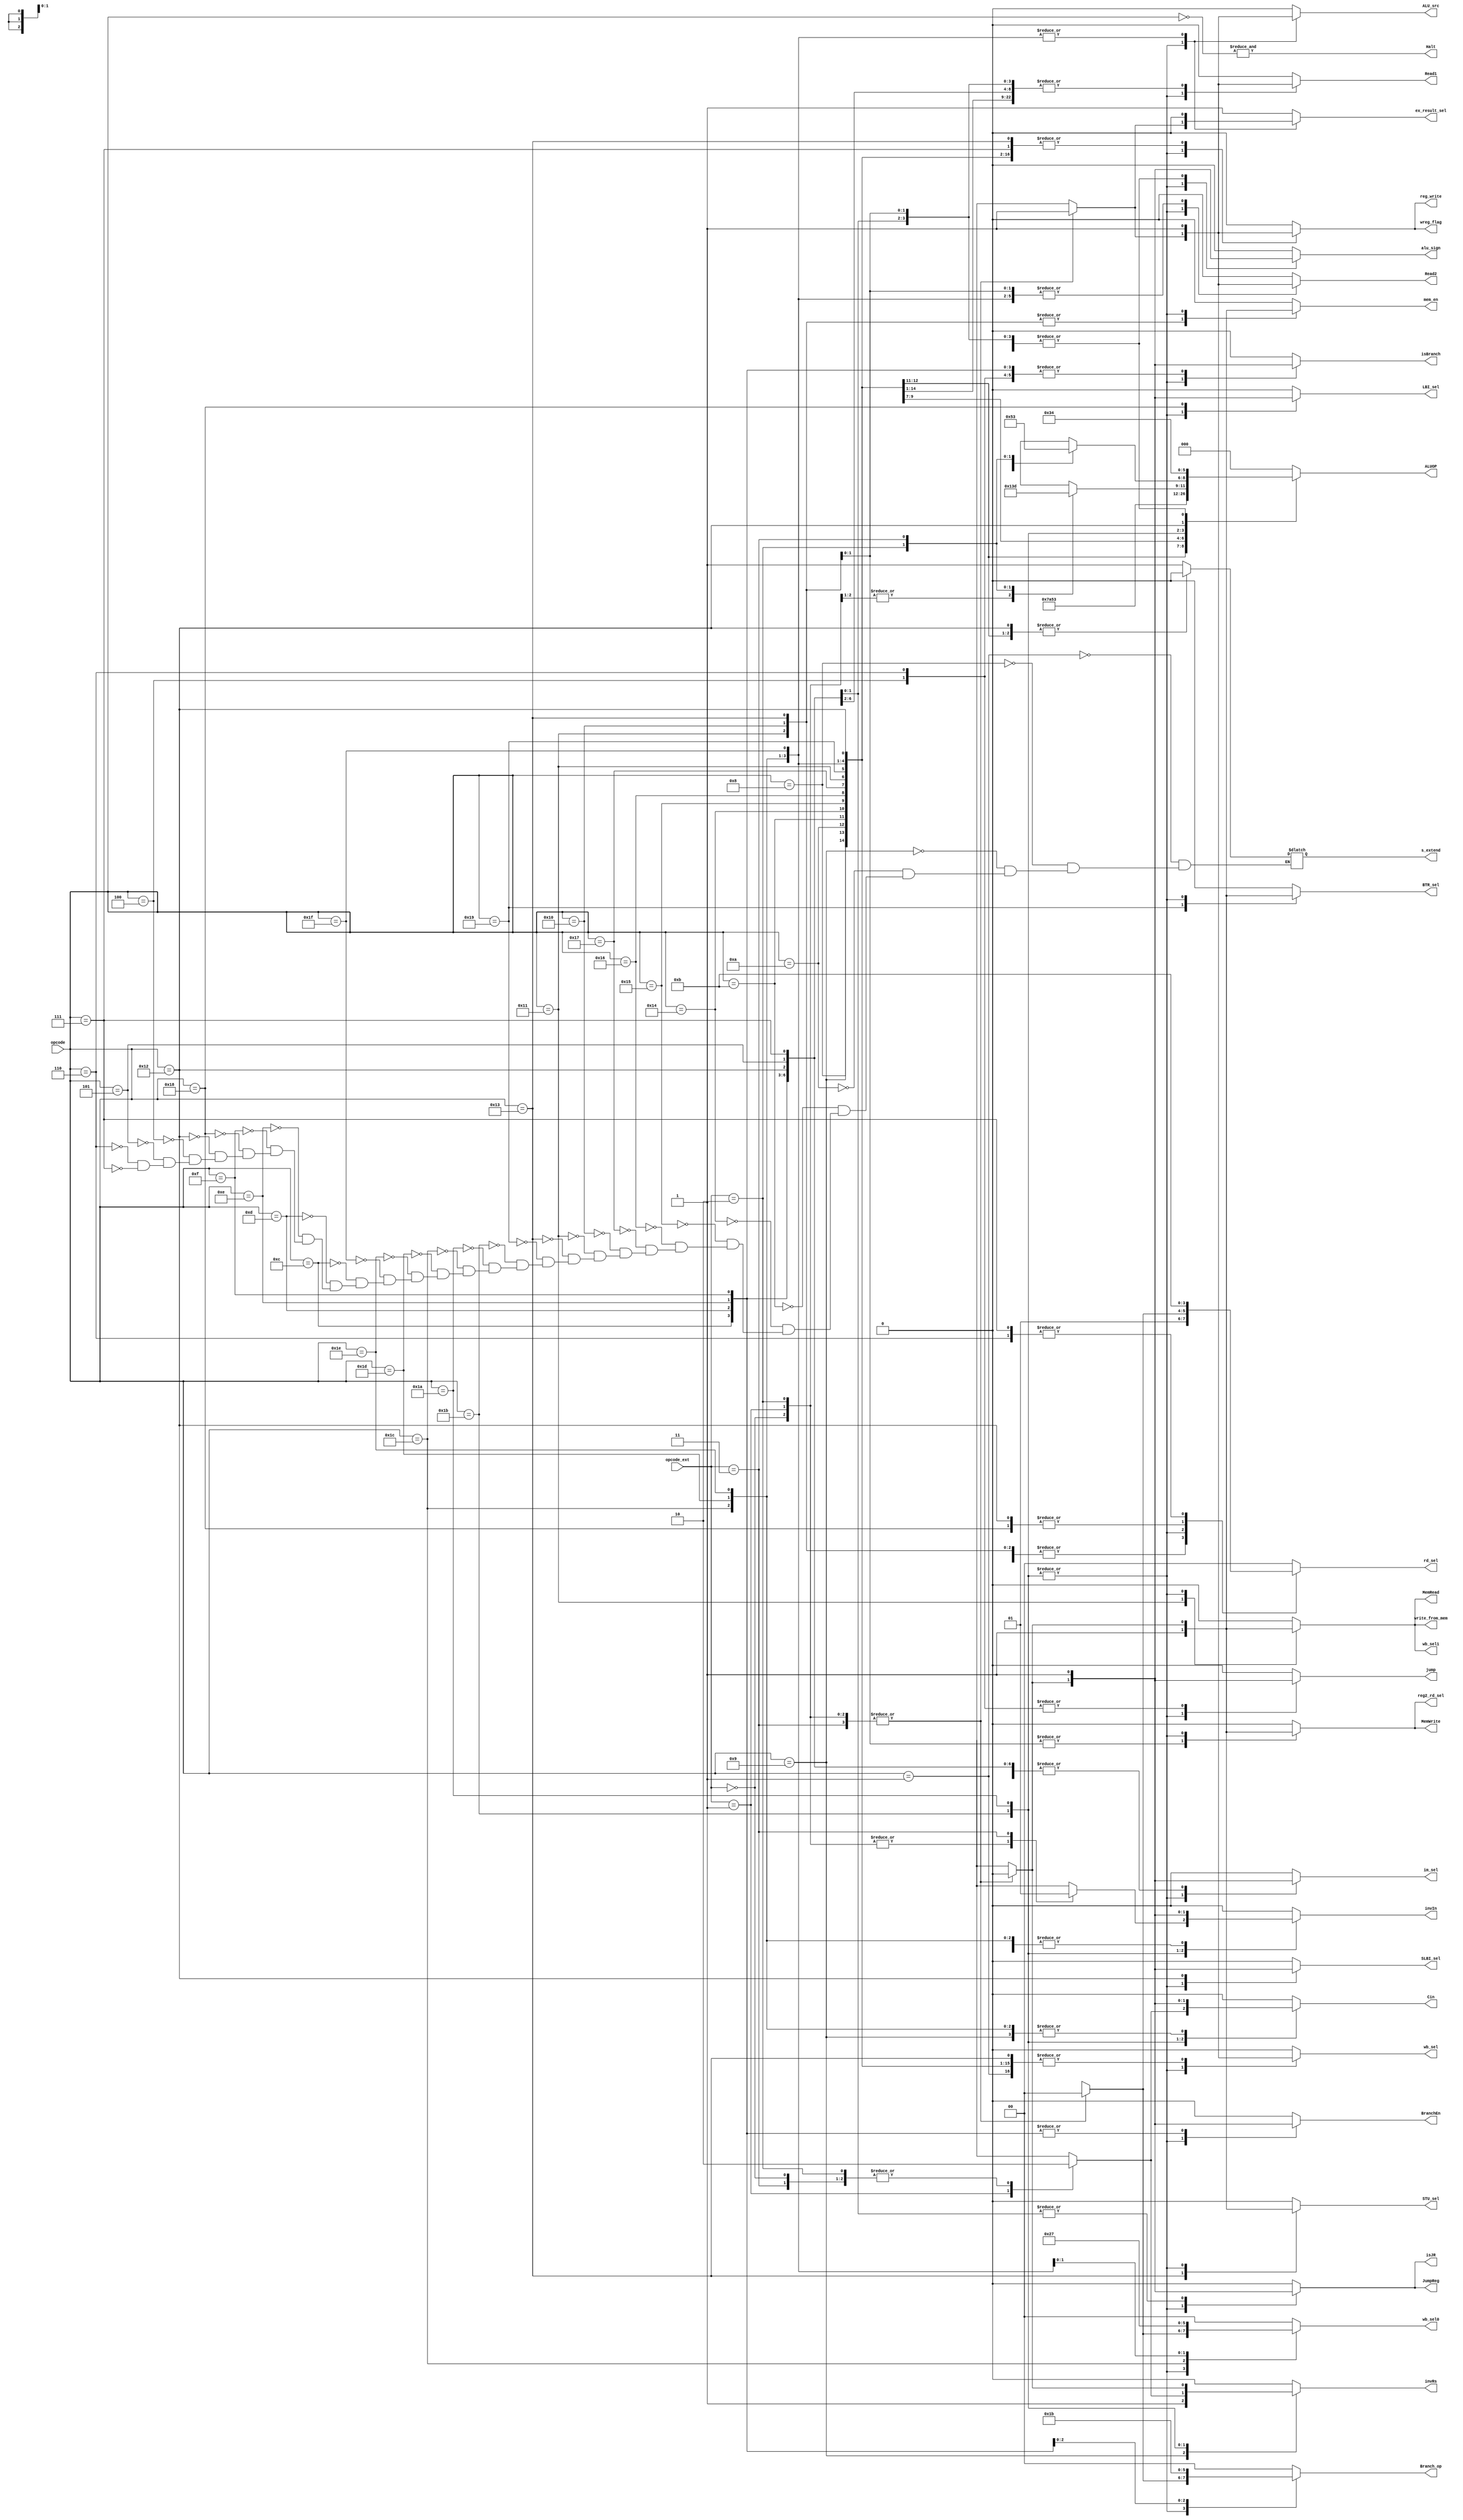
module sig_cntrl (opcode,opcode_ext,reg2_rd_sel, jump, im_sel, ALU_src, wb_sel, wb_sel0, wb_sel1, ex_result_sel, invRs, invIn, Cin, ALUOP, alu_sign, MemWrite, MemRead, reg_write,Branch_op, rd_sel, mem_en, BranchEn,
		JumpReg, Halt, s_extend, LBI_sel, SLBI_sel, BTR_sel, STU_sel, isBranch, Read1, Read2, write_from_mem, wreg_flag, isJR);
    input [4:0] opcode;
	input [1:0] opcode_ext;
    output reg reg2_rd_sel, jump, im_sel, ALU_src, wb_sel, wb_sel1, ex_result_sel, invRs, invIn, Cin, alu_sign, MemWrite, MemRead, reg_write, mem_en, BranchEn, JumpReg, s_extend, LBI_sel, SLBI_sel, BTR_sel, STU_sel,
				isBranch, Read1, Read2, write_from_mem, wreg_flag, isJR;
    output Halt;
	output reg [1:0] Branch_op, rd_sel, wb_sel0;
	output reg [2:0] ALUOP;

	assign Halt = & (~ opcode[4:0]);

always @ (*) begin
    case(opcode)
		5'b00001:  begin    //NOP
			reg_write <= 1'b0;
			reg2_rd_sel <= 1'b0;
			im_sel <= 1'b0;
			rd_sel <= 2'b01;
			ALU_src <= 1'b0;
			jump <= 1'b0;
			MemWrite <= 1'b0;
			MemRead <= 1'b0;
			wb_sel <= 1'b1;
			wb_sel0 <= 2'b00;
			wb_sel1 <= 1'b0;
			ex_result_sel <= 1'b1;
			s_extend <= 1;
			invRs <= 1'b0;
			invIn <= 1'b0;
			Cin <= 1'b0;
			ALUOP <= 3'b100;
			alu_sign<= 1'b1;
			Branch_op <= 2'b00;
			mem_en <= 1'b0;
			BranchEn <= 1'b0;
			JumpReg <= 1'b0;
			LBI_sel <= 1'b0;
			SLBI_sel <= 1'b0;
			BTR_sel <= 1'b0;
			STU_sel <= 1'b0;
			isBranch <= 1'b0;
			Read1 <= 1'b0;
			Read2 <= 1'b0;
			write_from_mem <= 1'b0;
			wreg_flag <= 1'b0;
			isJR <= 1'b0;
		end
	    5'b01000:  begin    //ADDI Rd, Rs, immediate
		        reg_write <= 1'b1;
				reg2_rd_sel <= 1'b0;
				im_sel <= 1'b0;
				rd_sel <= 2'b01;
				ALU_src <= 1'b0;
				jump <= 1'b0;
				MemWrite <= 1'b0;
				MemRead <= 1'b0;
				wb_sel <= 1'b1;
				wb_sel0 <= 2'b00;
				wb_sel1 <= 1'b0;
				ex_result_sel <= 1'b1;
				s_extend <= 1;
				invRs <= 1'b0;
				invIn <= 1'b0;
				Cin <= 1'b0;
				ALUOP <= 3'b100;
				alu_sign<= 1'b1;
				Branch_op <= 2'b00;
				mem_en <= 1'b0;
				BranchEn <= 1'b0;
				JumpReg <= 1'b0;
				LBI_sel <= 1'b0;
				SLBI_sel <= 1'b0;
				BTR_sel <= 1'b0;
				STU_sel <= 1'b0;
				isBranch <= 1'b0;
				Read1 <= 1'b1;
				Read2 <= 1'b0;
				write_from_mem <= 1'b0;
				wreg_flag <= 1'b1;
				isJR <= 1'b0;
            end
		5'b01001:  begin // SUBI Rd, Rs, immediate
		        reg_write <= 1'b1;
				reg2_rd_sel <= 1'b0;
				im_sel <= 1'b0;
				rd_sel <= 2'b01;
				ALU_src <= 1'b0;
				jump <= 1'b0;
				MemWrite <= 1'b0;
				MemRead <= 1'b0;
				wb_sel <= 1'b1;
				wb_sel0 <= 2'b00;
				wb_sel1 <= 1'b0;
				ex_result_sel <= 1'b1;
				s_extend <= 1;
				invRs <= 1'b1;
				invIn <= 1'b0;
				Cin <= 1'b1;
				ALUOP <= 3'b100;
				alu_sign<= 1'b1;
				Branch_op <= 2'b00;
				mem_en <= 1'b0;
				BranchEn <= 1'b0;
				JumpReg <= 1'b0;
				LBI_sel <= 1'b0;
				SLBI_sel <= 1'b0;
				BTR_sel <= 1'b0;
				STU_sel <= 1'b0;
				isBranch <= 1'b0;
				Read1 <= 1'b1;
				Read2 <= 1'b0;
				write_from_mem <= 1'b0;
				wreg_flag <= 1'b1;
				isJR <= 1'b0;
            end
		5'b01010:  begin  // XORI Rd, Rs, immediate
		        reg_write <= 1'b1;
				reg2_rd_sel <= 1'b0;
				im_sel <= 1'b0;
				rd_sel <= 2'b01;
				ALU_src <= 1'b0;
				jump <= 1'b0;
				MemWrite <= 1'b0;
				MemRead <= 1'b0;
				wb_sel <= 1'b1;
				wb_sel0 <= 2'b00;
				wb_sel1 <= 1'b0;
				ex_result_sel <= 1'b1;
				s_extend <= 0;
				invRs <= 1'b0;
				invIn <= 1'b0;
				Cin <= 1'b0;
				ALUOP <= 3'b111;
				alu_sign<= 1'b0;
				Branch_op <= 2'b00;
				mem_en <= 1'b0;
				BranchEn <= 1'b0;
				JumpReg <= 1'b0;
				LBI_sel <= 1'b0;
				SLBI_sel <= 1'b0;
				BTR_sel <= 1'b0;
				STU_sel <= 1'b0;
				isBranch <= 1'b0;
				Read1 <= 1'b1;
				Read2 <= 1'b0;
				write_from_mem <= 1'b0;
				wreg_flag <= 1'b1;
				isJR <= 1'b0;
            end
		5'b01011:  begin // ANDNI Rd, Rs, immediate
		        reg_write <= 1'b1;
				reg2_rd_sel <= 1'b0;
				im_sel <= 1'b0;
				rd_sel <= 2'b01;
				ALU_src <= 1'b0;
				jump <= 1'b0;
				MemWrite <= 1'b0;
				MemRead <= 1'b0;
				wb_sel <= 1'b1;
				wb_sel0 <= 2'b00;
				wb_sel1 <= 1'b0;
				ex_result_sel <= 1'b1;
				s_extend <= 0;
				invRs <= 1'b0;
				invIn <= 1'b1;
				Cin <= 1'b0;
				ALUOP <= 3'b101;
				alu_sign<= 1'b0;
				Branch_op <= 2'b00;
				mem_en <= 1'b0;
				BranchEn <= 1'b0;
				JumpReg <= 1'b0;
				LBI_sel <= 1'b0;
				SLBI_sel <= 1'b0;
				BTR_sel <= 1'b0;
				STU_sel <= 1'b0;
				isBranch <= 1'b0;
				Read1 <= 1'b1;
				Read2 <= 1'b0;
				write_from_mem <= 1'b0;
				wreg_flag <= 1'b1;
				isJR <= 1'b0;
            end
		5'b10100:  begin  // ROLI Rd, Rs, immediate
		        reg_write <= 1'b1;
				reg2_rd_sel <= 1'b0;
				im_sel <= 1'b0;
				rd_sel <= 2'b01;
				ALU_src <= 1'b0;
				jump <= 1'b0;
				MemWrite <= 1'b0;
				MemRead <= 1'b0;
				wb_sel <= 1'b1;
				wb_sel0 <= 2'b00;
				wb_sel1 <= 1'b0;
				ex_result_sel <= 1'b1;
				s_extend <= 1;
				invRs <= 1'b0;
				invIn <= 1'b0;
				Cin <= 1'b0;
				ALUOP <= 3'b000;
				alu_sign<= 1'b0;
				Branch_op <= 2'b00;
				mem_en <= 1'b0;
				BranchEn <= 1'b0;
				JumpReg <= 1'b0;
				LBI_sel <= 1'b0;
				SLBI_sel <= 1'b0;
				BTR_sel <= 1'b0;
				STU_sel <= 1'b0;
				isBranch <= 1'b0;
				Read1 <= 1'b1;
				Read2 <= 1'b0;
				write_from_mem <= 1'b0;
				wreg_flag <= 1'b1;
				isJR <= 1'b0;
            end
		5'b10101:  begin  // SLLI Rd, Rs, immediate
		        reg_write <= 1'b1;
				reg2_rd_sel <= 1'b0;
				im_sel <= 1'b0;
				rd_sel <= 2'b01;
				ALU_src <= 1'b0;
				jump <= 1'b0;
				MemWrite <= 1'b0;
				MemRead <= 1'b0;
				wb_sel <= 1'b1;
				wb_sel0 <= 2'b00;
				wb_sel1 <= 1'b0;
				ex_result_sel <= 1'b1;
				s_extend <= 1;
				invRs <= 1'b0;
				invIn <= 1'b0;
				Cin <= 1'b0;
				ALUOP <= 3'b001;
				alu_sign<= 1'b0;
				Branch_op <= 2'b00;
				mem_en <= 1'b0;
				BranchEn <= 1'b0;
				JumpReg <= 1'b0;
				LBI_sel <= 1'b0;
				SLBI_sel <= 1'b0;
				BTR_sel <= 1'b0;
				STU_sel <= 1'b0;
				isBranch <= 1'b0;
				Read1 <= 1'b1;
				Read2 <= 1'b0;
				write_from_mem <= 1'b0;
				wreg_flag <= 1'b1;
				isJR <= 1'b0;
            end
		5'b10110:  begin  // RORI Rd, Rs, immediate R
		        reg_write <= 1'b1;
				reg2_rd_sel <= 1'b0;
				im_sel <= 1'b0;
				rd_sel <= 2'b01;
				ALU_src <= 1'b0;
				jump <= 1'b0;
				MemWrite <= 1'b0;
				MemRead <= 1'b0;
				wb_sel <= 1'b1;
				wb_sel0 <= 2'b00;
				wb_sel1 <= 1'b0;
				ex_result_sel <= 1'b1;
				s_extend <= 1;
				invRs <= 1'b0;
				invIn <= 1'b0;
				Cin <= 1'b0;
				ALUOP <= 3'b010;
				alu_sign<= 1'b0;
				Branch_op <= 2'b00;
				mem_en <= 1'b0;
				BranchEn <= 1'b0;
				JumpReg <= 1'b0;
				LBI_sel <= 1'b0;
				SLBI_sel <= 1'b0;
				BTR_sel <= 1'b0;
				STU_sel <= 1'b0;
				isBranch <= 1'b0;
				Read1 <= 1'b1;
				Read2 <= 1'b0;
				write_from_mem <= 1'b0;
				wreg_flag <= 1'b1;
				isJR <= 1'b0;
            end
		5'b10111:  begin  // SRLI Rd, Rs, immediate
		        reg_write <= 1'b1;
				reg2_rd_sel <= 1'b0;
				im_sel <= 1'b0;
				rd_sel <= 2'b01;
				ALU_src <= 1'b0;
				jump <= 1'b0;
				MemWrite <= 1'b0;
				MemRead <= 1'b0;
				wb_sel <= 1'b1;
				wb_sel0 <= 2'b00;
				wb_sel1 <= 1'b0;
				ex_result_sel <= 1'b1;
				s_extend <= 1;
				invRs <= 1'b0;
				invIn <= 1'b0;
				Cin <= 1'b0;
				ALUOP <= 3'b011;
				alu_sign<= 1'b0;
				Branch_op <= 2'b00;
				mem_en <= 1'b0;
				BranchEn <= 1'b0;
				JumpReg <= 1'b0;
				LBI_sel <= 1'b0;
				SLBI_sel <= 1'b0;
				BTR_sel <= 1'b0;
				STU_sel <= 1'b0;
				isBranch <= 1'b0;
				Read1 <= 1'b1;
				Read2 <= 1'b0;
				write_from_mem <= 1'b0;
				wreg_flag <= 1'b1;
				isJR <= 1'b0;
            end
		5'b10000:  begin  // ST Rd, Rs, immediate
		        reg_write <= 1'b0;
				reg2_rd_sel <= 1'b1;
				im_sel <= 1'b0;
				rd_sel <= 2'b01;
				ALU_src <= 1'b0;
				jump <= 1'b0;
				MemWrite <= 1'b1;
				MemRead <= 1'b0;
				wb_sel <= 1'b0;
				wb_sel0 <= 2'b00;
				wb_sel1 <= 1'b0;
				ex_result_sel <= 1'b1;
				s_extend <= 1;
				invRs <= 1'b0;
				invIn <= 1'b0;
				Cin <= 1'b0;
				ALUOP <= 3'b100;
				alu_sign<= 1'b1;
				Branch_op <= 2'b00;
				mem_en <= 1'b1;
				BranchEn <= 1'b0;
				JumpReg <= 1'b0;
				LBI_sel <= 1'b0;
				SLBI_sel <= 1'b0;
				BTR_sel <= 1'b0;
				STU_sel <= 1'b0;
				isBranch <= 1'b0;
				Read1 <= 1'b1;
				Read2 <= 1'b1;
				write_from_mem <= 1'b0;
				wreg_flag <= 1'b0;
				isJR <= 1'b0;
            end
		5'b10001:  begin  // LD Rd, Rs, immediate
		        reg_write <= 1'b1;
				reg2_rd_sel <= 1'b0;
				im_sel <= 1'b0;
				rd_sel <= 2'b01;
				ALU_src <= 1'b0;
				jump <= 1'b0;
				MemWrite <= 1'b0;
				MemRead <= 1'b1;
				wb_sel <= 1'b1;
				wb_sel0 <= 2'b00;
				wb_sel1 <= 1'b1;
				ex_result_sel <= 1'b1;
				s_extend <= 1;
				invRs <= 1'b0;
				invIn <= 1'b0;
				Cin <= 1'b0;
				ALUOP <= 3'b100;
				alu_sign<= 1'b1;
				Branch_op <= 2'b00;
				mem_en <= 1'b1;
				BranchEn <= 1'b0;
				JumpReg <= 1'b0;
				LBI_sel <= 1'b0;
				SLBI_sel <= 1'b0;
				BTR_sel <= 1'b0;
				STU_sel <= 1'b0;
				isBranch <= 1'b0;
				Read1 <= 1'b1;
				Read2 <= 1'b0;
				write_from_mem <= 1'b1;
				wreg_flag <= 1'b1;
				isJR <= 1'b0;
            end
		5'b10011:  begin  // STU Rd, Rs, immediate
		        reg_write <= 1'b1;
				reg2_rd_sel <= 1'b1;
				im_sel <= 1'b0;
				rd_sel <= 2'b01;
				ALU_src <= 1'b0;
				jump <= 1'b0;
				MemWrite <= 1'b1;
				MemRead <= 1'b0;
				wb_sel <= 1'b1;
				wb_sel0 <= 2'b00;
				wb_sel1 <= 1'b0;
				ex_result_sel <= 1'b1;
				s_extend <= 1;
				invRs <= 1'b0;
				invIn <= 1'b0;
				Cin <= 1'b0;
				ALUOP <= 3'b100;
				alu_sign<= 1'b1;
				Branch_op <= 2'b00;
				mem_en <= 1'b1;
				BranchEn <= 1'b0;
				JumpReg <= 1'b0;
				LBI_sel <= 1'b0;
				SLBI_sel <= 1'b0;
				BTR_sel <= 1'b0;
				STU_sel <= 1'b1;
				isBranch <= 1'b0;
				Read1 <= 1'b1;
				Read2 <= 1'b1;
				write_from_mem <= 1'b0;
				wreg_flag <= 1'b1;
				isJR <= 1'b0;
            end
		5'b11001:  begin  // BTR Rd, Rs
		        reg_write <= 1'b1;
				reg2_rd_sel <= 1'b0;
				im_sel <= 1'b0;
				rd_sel <= 2'b00;
				ALU_src <= 1'b0;
				jump <= 1'b0;
				MemWrite <= 1'b0;
				MemRead <= 1'b0;
				wb_sel <= 1'b1;
				wb_sel0 <= 2'b00;
				wb_sel1 <= 1'b0;
				ex_result_sel <= 1'b1;
				s_extend <= 1;
				invRs <= 1'b0;
				invIn <= 1'b0;
				Cin <= 1'b0;
				ALUOP <= 1'b0;
				alu_sign<= 1'b0;
				Branch_op <= 2'b00;
				mem_en <= 1'b0;
				BranchEn <= 1'b0;
				JumpReg <= 1'b0;
				LBI_sel <= 1'b0;
				SLBI_sel <= 1'b0;
				BTR_sel <= 1'b1;
				STU_sel <= 1'b0;
				isBranch <= 1'b0;
				Read1 <= 1'b1;
				Read2 <= 1'b0;
				write_from_mem <= 1'b0;
				wreg_flag <= 1'b1;
				isJR <= 1'b0;
            end
		5'b11011:  begin
				case (opcode_ext)
				2'b00: begin  // ADD Rd, Rs, Rt
					reg_write <= 1'b1;
					reg2_rd_sel <= 1'b0;
					im_sel <= 1'b0;
					rd_sel <= 2'b00;
					ALU_src <= 1'b1;
					jump <= 1'b0;
					MemWrite <= 1'b0;
					MemRead <= 1'b0;
					wb_sel <= 1'b1;
					wb_sel0 <= 2'b00;
					wb_sel1 <= 1'b0;
					ex_result_sel <= 1'b1;
					s_extend <= 1;
					invRs <= 1'b0;
					invIn <= 1'b0;
					Cin <= 1'b0;
					ALUOP <= 3'b100;
					alu_sign<= 1'b0;
					Branch_op <= 2'b00;
					mem_en <= 1'b0;
					BranchEn <= 1'b0;
					JumpReg <= 1'b0;
					LBI_sel <= 1'b0;
					SLBI_sel <= 1'b0;
					BTR_sel <= 1'b0;
					STU_sel <= 1'b0;
					isBranch <= 1'b0;
					Read1 <= 1'b1;
					Read2 <= 1'b1;
					write_from_mem <= 1'b0;
					wreg_flag <= 1'b1;
					isJR <= 1'b0;
						end
				2'b01: begin // SUB Rd, Rs, Rt
					reg_write <= 1'b1;
					reg2_rd_sel <= 1'b0;
					im_sel <= 1'b0;
					rd_sel <= 2'b00;
					ALU_src <= 1'b1;
					jump <= 1'b0;
					MemWrite <= 1'b0;
					MemRead <= 1'b0;
					wb_sel <= 1'b1;
					wb_sel0 <= 2'b00;
					wb_sel1 <= 1'b0;
					ex_result_sel <= 1'b1;
					s_extend <= 1;
					invRs <= 1'b1;
					invIn <= 1'b0;
					Cin <= 1'b1; // 2's complement must add 1
					ALUOP <= 3'b100;
					alu_sign<= 1'b0;
					Branch_op <= 2'b00;
					mem_en <= 1'b0;
					BranchEn <= 1'b0;
					JumpReg <= 1'b0;
					LBI_sel <= 1'b0;
					SLBI_sel <= 1'b0;
					BTR_sel <= 1'b0;
					STU_sel <= 1'b0;
					isBranch <= 1'b0;
					Read1 <= 1'b1;
					Read2 <= 1'b1;
					write_from_mem <= 1'b0;
					wreg_flag <= 1'b1;
					isJR <= 1'b0;
				        end
				2'b10: begin // XOR Rd, Rs, Rt
					reg_write <= 1'b1;
					reg2_rd_sel <= 1'b0;
					im_sel <= 1'b0;
					rd_sel <= 2'b00;
					ALU_src <= 1'b1;
					jump <= 1'b0;
					MemWrite <= 1'b0;
					MemRead <= 1'b0;
					wb_sel <= 1'b1;
					wb_sel0 <= 2'b00;
					wb_sel1 <= 1'b0;
					ex_result_sel <= 1'b1;
					s_extend <= 1;
					invRs <= 1'b0;
					invIn <= 1'b0;
					Cin <= 1'b0;
					ALUOP <= 3'b111;
					alu_sign<= 1'b0;
					Branch_op <= 2'b00;
					mem_en <= 1'b0;
					BranchEn <= 1'b0;
					JumpReg <= 1'b0;
					LBI_sel <= 1'b0;
					SLBI_sel <= 1'b0;
					BTR_sel <= 1'b0;
					STU_sel <= 1'b0;
					isBranch <= 1'b0;
					Read1 <= 1'b1;
					Read2 <= 1'b1;
					write_from_mem <= 1'b0;
					wreg_flag <= 1'b1;
					isJR <= 1'b0;
						end
				2'b11: begin // ANDN Rd, Rs, Rt
					reg_write <= 1'b1;
					reg2_rd_sel <= 1'b0;
					im_sel <= 1'b0;
					rd_sel <= 2'b00;
					ALU_src <= 1'b1;
					jump <= 1'b0;
					MemWrite <= 1'b0;
					MemRead <= 1'b0;
					wb_sel <= 1'b1;
					wb_sel0 <= 2'b00;
					wb_sel1 <= 1'b0;
					ex_result_sel <= 1'b1;
					s_extend <= 1;
					invRs <= 1'b0;
					invIn <= 1'b1;
					Cin <= 1'b0;
					ALUOP <= 3'b101;
					alu_sign<= 1'b0;
					Branch_op <= 2'b00;
					mem_en <= 1'b0;
					BranchEn <= 1'b0;
					JumpReg <= 1'b0;
					LBI_sel <= 1'b0;
					SLBI_sel <= 1'b0;
					BTR_sel <= 1'b0;
					STU_sel <= 1'b0;
					isBranch <= 1'b0;
					Read1 <= 1'b1;
					Read2 <= 1'b1;
					write_from_mem <= 1'b0;
					wreg_flag <= 1'b1;
					isJR <= 1'b0;
				end
				endcase
            end

	5'b11010:  begin
			case (opcode_ext)
				2'b00: begin  // ROL Rd, Rs, Rt
					reg2_rd_sel <= 0;
					jump <= 0;
					im_sel <= 0;
					ALU_src <= 1;
					wb_sel <= 1;
					wb_sel0 <= 0;
					wb_sel1 <= 0;
					ex_result_sel <= 1'b1;
					invRs <= 0;
					invIn <= 0;
					Cin <= 0;
					ALUOP <= 0;
					alu_sign <= 0;
					MemWrite <= 0;
					MemRead <= 1'b0;
					reg_write <= 1;
					Branch_op <= 0;
					rd_sel <= 0;
					mem_en <= 0;
					BranchEn <= 0;
					JumpReg <= 0;
					s_extend <= 1;
					LBI_sel <= 0;
					SLBI_sel <= 0;
					BTR_sel <= 0;
					STU_sel <= 1'b0;
					isBranch <= 1'b0;
					Read1 <= 1'b1;
					Read2 <= 1'b1;
					write_from_mem <= 1'b0;
					wreg_flag <= 1'b1;
					isJR <= 1'b0;
					end
				2'b01: begin // SLL Rd, Rs, Rt
					reg2_rd_sel <= 0;
					jump <= 0;
					im_sel <= 0;
					ALU_src <= 1;
					wb_sel <= 1;
					wb_sel0 <= 0;
					wb_sel1 <= 0;
					ex_result_sel <= 1'b1;
					invRs <= 0;
					invIn <= 0;
					Cin <= 0;
					ALUOP <= 1;
					alu_sign <= 0;
					MemWrite <= 0;
					MemRead <= 1'b0;
					reg_write <= 1;
					Branch_op <= 0;
					rd_sel <= 0;
					mem_en <= 0;
					BranchEn <= 0;
					JumpReg <= 0;
					s_extend <= 1;
					LBI_sel <= 0;
					SLBI_sel <= 0;
					BTR_sel <= 0;
					STU_sel <= 1'b0;
					isBranch <= 1'b0;
					Read1 <= 1'b1;
					Read2 <= 1'b1;
					write_from_mem <= 1'b0;
					wreg_flag <= 1'b1;
					isJR <= 1'b0;
					end
				2'b10: begin  // ROR Rd, Rs, Rt
					reg2_rd_sel <= 0;
					jump <= 0;
					im_sel <= 0;
					ALU_src <= 1;
					wb_sel <= 1;
					wb_sel0 <= 0;
					wb_sel1 <= 0;
					ex_result_sel <= 1'b1;
					invRs <= 0;
					invIn <= 0;
					Cin <= 0;
					ALUOP <= 2;
					alu_sign <= 0;
					MemWrite <= 0;
					MemRead <= 1'b0;
					reg_write <= 1;
					Branch_op <= 0;
					rd_sel <= 0;
					mem_en <= 0;
					BranchEn <= 0;
					JumpReg <= 0;
					s_extend <= 1;
					LBI_sel <= 0;
					SLBI_sel <= 0;
					BTR_sel <= 0;
					STU_sel <= 1'b0;
					isBranch <= 1'b0;
					Read1 <= 1'b1;
					Read2 <= 1'b1;
					write_from_mem <= 1'b0;
					wreg_flag <= 1'b1;
					isJR <= 1'b0;
					end
				2'b11: begin //SRL Rd, Rs, Rt
					reg2_rd_sel <= 0;
					jump <= 0;
					im_sel <= 0;
					ALU_src <= 1;
					wb_sel <= 1;
					wb_sel0 <= 0;
					wb_sel1 <= 0;
					ex_result_sel <= 1'b1;
					invRs <= 0;
					invIn <= 0;
					Cin <= 0;
					ALUOP <= 3;
					alu_sign <= 0;
					MemWrite <= 0;
					MemRead <= 1'b0;
					reg_write <= 1;
					Branch_op <= 0;
					rd_sel <= 0;
					mem_en <= 0;
					BranchEn <= 0;
					JumpReg <= 0;
					s_extend <= 1;
					LBI_sel <= 0;
					SLBI_sel <= 0;
					BTR_sel <= 0;
					STU_sel <= 1'b0;
					isBranch <= 1'b0;
					Read1 <= 1'b1;
					Read2 <= 1'b1;
					write_from_mem <= 1'b0;
					wreg_flag <= 1'b1;
					isJR <= 1'b0;
					end
				default: begin
					reg2_rd_sel <= 0;
					jump <= 0;
					im_sel <= 0;
					ALU_src <= 0;
					wb_sel <= 0;
					wb_sel0 <= 0;
					wb_sel1 <= 0;
					ex_result_sel <= 1'b1;
					invRs <= 0;
					invIn <= 0;
					Cin <= 0;
					ALUOP <= 0;
					alu_sign <= 0;
					MemWrite <= 0;
					MemRead <= 1'b0;
					reg_write <= 0;
					Branch_op <= 0;
					rd_sel <= 0;
					mem_en <= 0;
					BranchEn <= 0;
					JumpReg <= 0;
					s_extend <= 1;
					LBI_sel <= 0;
					SLBI_sel <= 0;
					BTR_sel <= 0;
					STU_sel <= 1'b0;
					isJR <= 1'b0;
					end
				endcase
            end
		5'b11100:  begin  // SEQ Rd, Rs, Rt
				reg2_rd_sel <= 0;
				jump <= 0;
				im_sel <= 0;
				ALU_src <= 1;
				wb_sel <= 1;
				wb_sel0 <= 2;
				wb_sel1 <= 0;
				ex_result_sel <= 1'b0;
				invRs <= 0;
				invIn <= 1;
				Cin <= 1;
				ALUOP <= 4;
				alu_sign <= 1;
				MemWrite <= 0;
				MemRead <= 1'b0;
				reg_write <= 1;
				Branch_op <= 0;
				rd_sel <= 0;
				mem_en <= 0;
				BranchEn <= 0;
				JumpReg <= 0;
				s_extend <= 1;
				LBI_sel <= 0;
				SLBI_sel <= 0;
				BTR_sel <= 0;
				STU_sel <= 1'b0;
				isBranch <= 1'b0;
				Read1 <= 1'b1;
				Read2 <= 1'b1;
				write_from_mem <= 1'b0;
				wreg_flag <= 1'b1;
				isJR <= 1'b0;
            end
		5'b11101:  begin  // SLT Rd, Rs, Rt
				reg2_rd_sel <= 0;
				jump <= 0;
				im_sel <= 0;
				ALU_src <= 1;
				wb_sel <= 1;
				wb_sel0 <= 0;
				wb_sel1 <= 0;
				ex_result_sel <= 1'b0;
				invRs <= 0;
				invIn <= 1;
				Cin <= 1;
				ALUOP <= 4;
				alu_sign <= 1;
				MemWrite <= 0;
				MemRead <= 1'b0;
				reg_write <= 1;
				Branch_op <= 0;
				rd_sel <= 0;
				mem_en <= 0;
				BranchEn <= 0;
				JumpReg <= 0;
				s_extend <= 1;
				LBI_sel <= 0;
				SLBI_sel <= 0;
				BTR_sel <= 0;
				STU_sel <= 1'b0;
				isBranch <= 1'b0;
				Read1 <= 1'b1;
				Read2 <= 1'b1;
				write_from_mem <= 1'b0;
				wreg_flag <= 1'b1;
				isJR <= 1'b0;
            end
		5'b11110:  begin  // SLE Rd, Rs, Rt
				reg2_rd_sel <= 0;
				jump <= 0;
				im_sel <= 0;
				ALU_src <= 1;
				wb_sel <= 1;
				wb_sel0 <= 1;
				wb_sel1 <= 0;
				ex_result_sel <= 1'b0;
				invRs <= 0;
				invIn <= 1;
				Cin <= 1;
				ALUOP <= 4;
				alu_sign <= 1;
				MemWrite <= 0;
				MemRead <= 1'b0;
				reg_write <= 1;
				Branch_op <= 0;
				rd_sel <= 0;
				mem_en <= 0;
				BranchEn <= 0;
				JumpReg <= 0;
				s_extend <= 1;
				LBI_sel <= 0;
				SLBI_sel <= 0;
				BTR_sel <= 0;
				STU_sel <= 1'b0;
				isBranch <= 1'b0;
				Read1 <= 1'b1;
				Read2 <= 1'b1;
				write_from_mem <= 1'b0;
				wreg_flag <= 1'b1;
				isJR <= 1'b0;
            end
		5'b11111:  begin  //SCO Rd, Rs, Rt
				reg2_rd_sel <= 0;
				jump <= 0;
				im_sel <= 0;
				ALU_src <= 1;
				wb_sel <= 1;
				wb_sel0 <= 3;
				wb_sel1 <= 0;
				ex_result_sel <= 1'b0;
				invRs <= 0;
				invIn <= 0;
				Cin <= 0;
				ALUOP <= 4;
				alu_sign <= 1;
				MemWrite <= 0;
				MemRead <= 1'b0;
				reg_write <= 1;
				Branch_op <= 0;
				rd_sel <= 0;
				mem_en <= 0;
				BranchEn <= 0;
				JumpReg <= 0;
				s_extend <= 1;
				LBI_sel <= 0;
				SLBI_sel <= 0;
				BTR_sel <= 0;
				STU_sel <= 1'b0;
				isBranch <= 1'b0;
				Read1 <= 1'b1;
				Read2 <= 1'b1;
				write_from_mem <= 1'b0;
				wreg_flag <= 1'b1;
				isJR <= 1'b0;
            end
		5'b01100:  begin  // BEQZ Rs, immediate
				reg2_rd_sel <= 0;
				jump <= 0;
				im_sel <= 1;
				ALU_src <= 0;
				wb_sel <= 0;
				wb_sel0 <= 0;
				wb_sel1 <= 0;
				ex_result_sel <= 1'b1;
				invRs <= 0;
				invIn <= 0;
				Cin <= 0;
				ALUOP <= 0;
				alu_sign <= 0;
				MemWrite <= 0;
				MemRead <= 1'b0;
				reg_write <= 0;
				Branch_op <= 0;
				rd_sel <= 0;
				mem_en <= 0;
				BranchEn <= 1;
				JumpReg <= 0;
				s_extend <= 1;
				LBI_sel <= 0;
				SLBI_sel <= 0;
				BTR_sel <= 0;
				STU_sel <= 1'b0;
				isBranch <= 1'b1;
				Read1 <= 1'b1;
				Read2 <= 1'b0;
				write_from_mem <= 1'b0;
				wreg_flag <= 1'b0;
				isJR <= 1'b0;
            end
		5'b01101:  begin  //BNEZ Rs, immediate
				reg2_rd_sel <= 0;
				jump <= 0;
				im_sel <= 1;
				ALU_src <= 0;
				wb_sel <= 0;
				wb_sel0 <= 0;
				wb_sel1 <= 0;
				ex_result_sel <= 1'b1;
				invRs <= 0;
				invIn <= 0;
				Cin <= 0;
				ALUOP <= 0;
				alu_sign <= 0;
				MemWrite <= 0;
				MemRead <= 1'b0;
				reg_write <= 0;
				Branch_op <= 1;
				rd_sel <= 0;
				mem_en <= 0;
				BranchEn <= 1;
				JumpReg <= 0;
				s_extend <= 1;
				LBI_sel <= 0;
				SLBI_sel <= 0;
				BTR_sel <= 0;
				STU_sel <= 1'b0;
				isBranch <= 1'b1;
				Read1 <= 1'b1;
				Read2 <= 1'b0;
				write_from_mem <= 1'b0;
				wreg_flag <= 1'b0;
				isJR <= 1'b0;
            end
		5'b01110:  begin  //BLTZ Rs, immediate
				reg2_rd_sel <= 0;
				jump <= 0;
				im_sel <= 1;
				ALU_src <= 0;
				wb_sel <= 0;
				wb_sel0 <= 0;
				wb_sel1 <= 0;
				ex_result_sel <= 1'b1;
				invRs <= 0;
				invIn <= 0;
				Cin <= 0;
				ALUOP <= 0;
				alu_sign <= 0;
				MemWrite <= 0;
				MemRead <= 1'b0;
				reg_write <= 0;
				Branch_op <= 2;
				rd_sel <= 0;
				mem_en <= 0;
				BranchEn <= 1;
				JumpReg <= 0;
				s_extend <= 1;
				LBI_sel <= 0;
				SLBI_sel <= 0;
				BTR_sel <= 0;
				STU_sel <= 1'b0;
				isBranch <= 1'b1;
				Read1 <= 1'b1;
				Read2 <= 1'b0;
				write_from_mem <= 1'b0;
				wreg_flag <= 1'b0;
				isJR <= 1'b0;
            end
		5'b01111:  begin  //BGEZ Rs, immediate
				reg2_rd_sel <= 0;
				jump <= 0;
				im_sel <= 1;
				ALU_src <= 0;
				wb_sel <= 0;
				wb_sel0 <= 0;
				wb_sel1 <= 0;
				ex_result_sel <= 1'b1;
				invRs <= 0;
				invIn <= 0;
				Cin <= 0;
				ALUOP <= 0;
				alu_sign <= 0;
				MemWrite <= 0;
				MemRead <= 1'b0;
				reg_write <= 0;
				Branch_op <= 3;
				rd_sel <= 0;
				mem_en <= 0;
				BranchEn <= 1;
				JumpReg <= 0;
				s_extend <= 1;
				LBI_sel <= 0;
				SLBI_sel <= 0;
				BTR_sel <= 0;
				STU_sel <= 1'b0;
				isBranch <= 1'b1;
				Read1 <= 1'b1;
				Read2 <= 1'b0;
				write_from_mem <= 1'b0;
				wreg_flag <= 1'b0;
				isJR <= 1'b0;
            end
		5'b11000:  begin  // LBI Rs, immediate
				reg2_rd_sel <= 0;
				jump <= 0;
				im_sel <= 1;
				ALU_src <= 0;
				wb_sel <= 0;
				wb_sel0 <= 0;
				wb_sel1 <= 0;
				ex_result_sel <= 1'b1;
				invRs <= 0;
				invIn <= 0;
				Cin <= 0;
				ALUOP <= 0;
				alu_sign <= 0;
				MemWrite <= 0;
				MemRead <= 1'b0;
				reg_write <= 1;
				Branch_op <= 0;
				rd_sel <= 2;
				mem_en <= 0;
				BranchEn <= 0;
				JumpReg <= 0;
				s_extend <= 1;
				LBI_sel <= 1;
				SLBI_sel <= 0;
				BTR_sel <= 0;
				STU_sel <= 1'b0;
				isBranch <= 1'b0;
				Read1 <= 1'b0;
				Read2 <= 1'b0;
				write_from_mem <= 1'b0;
				wreg_flag <= 1'b1;
				isJR <= 1'b0;
            end
		5'b10010:  begin  //SLBI Rs, immediate
				reg2_rd_sel <= 0;
				jump <= 0;
				im_sel <= 1;
				ALU_src <= 0;
				wb_sel <= 1;
				wb_sel0 <= 0;
				wb_sel1 <= 0;
				ex_result_sel <= 1'b1;
				invRs <= 0;
				invIn <= 0;
				Cin <= 0;
				ALUOP <= 6;
				alu_sign <= 0;
				MemWrite <= 0;
				MemRead <= 1'b0;
				reg_write <= 1;
				Branch_op <= 0;
				rd_sel <= 2;
				mem_en <= 0;
				BranchEn <= 0;
				JumpReg <= 0;
				s_extend <= 0;
				LBI_sel <= 0;
				SLBI_sel <= 1;
				BTR_sel <= 0;
				STU_sel <= 1'b0;
				isBranch <= 1'b0;
				Read1 <= 1'b1;
				Read2 <= 1'b0;
				write_from_mem <= 1'b0;
				wreg_flag <= 1'b1;
				isJR <= 1'b0;
            end
		5'b00100:  begin  //J displacement
				reg2_rd_sel <= 0;
				jump <= 1;
				im_sel <= 0;
				ALU_src <= 0;
				wb_sel <= 0;
				wb_sel0 <= 0;
				wb_sel1 <= 0;
				ex_result_sel <= 1'b1;
				invRs <= 0;
				invIn <= 0;
				Cin <= 0;
				ALUOP <= 0;
				alu_sign <= 0;
				MemWrite <= 0;
				MemRead <= 1'b0;
				reg_write <= 0;
				Branch_op <= 0;
				rd_sel <= 0;
				mem_en <= 0;
				BranchEn <= 0;
				JumpReg <= 0;
				s_extend <= 1;
				LBI_sel <= 0;
				SLBI_sel <= 0;
				BTR_sel <= 0;
				STU_sel <= 1'b0;
				isBranch <= 1'b1;
				Read1 <= 1'b0;
				Read2 <= 1'b0;
				write_from_mem <= 1'b0;
				wreg_flag <= 1'b0;
				isJR <= 1'b0;
            end
		5'b00101:  begin   //JR Rs, immediate
				reg2_rd_sel <= 0;
				jump <= 0;
				im_sel <= 1;
				ALU_src <= 0;
				wb_sel <= 0;
				wb_sel0 <= 0;
				wb_sel1 <= 0;
				ex_result_sel <= 1'b1;
				invRs <= 0;
				invIn <= 0;
				Cin <= 0;
				ALUOP <= 4;
				alu_sign <= 1;
				MemWrite <= 0;
				MemRead <= 1'b0;
				reg_write <= 0;
				Branch_op <= 0;
				rd_sel <= 0;
				mem_en <= 0;
				BranchEn <= 0;
				JumpReg <= 1;
				s_extend <= 1;
				LBI_sel <= 0;
				SLBI_sel <= 0;
				BTR_sel <= 0;
				STU_sel <= 1'b0;
				isBranch <= 1'b0;
				Read1 <= 1'b1;
				Read2 <= 1'b0;
				write_from_mem <= 1'b0;
				wreg_flag <= 1'b0;
				isJR <= 1'b1;
            end
		5'b00110:  begin  //JAL displacement
				reg2_rd_sel <= 0;
				jump <= 1;
				im_sel <= 0;
				ALU_src <= 0;
				wb_sel <= 0;
				wb_sel0 <= 0;
				wb_sel1 <= 0;
				ex_result_sel <= 1'b1;
				invRs <= 0;
				invIn <= 0;
				Cin <= 0;
				ALUOP <= 0;
				alu_sign <= 0;
				MemWrite <= 0;
				MemRead <= 1'b0;
				reg_write <= 1;
				Branch_op <= 0;
				rd_sel <= 3;
				mem_en <= 0;
				BranchEn <= 0;
				JumpReg <= 0;
				s_extend <= 1;
				LBI_sel <= 0;
				SLBI_sel <= 0;
				BTR_sel <= 0;
				STU_sel <= 1'b0;
				isBranch <= 1'b1;
				Read1 <= 1'b0;
				Read2 <= 1'b0;
				write_from_mem <= 1'b0;
				wreg_flag <= 1'b1;
				isJR <= 1'b0;
            end
		5'b00111:  begin  //JALR Rs, immediate
				reg2_rd_sel <= 0;
				jump <= 0;
				im_sel <= 1;
				ALU_src <= 0;
				wb_sel <= 0;
				wb_sel0 <= 0;
				wb_sel1 <= 0;
				ex_result_sel <= 1'b1;
				invRs <= 0;
				invIn <= 0;
				Cin <= 0;
				ALUOP <= 4;
				alu_sign <= 1;
				MemWrite <= 0;
				MemRead <= 1'b0;
				reg_write <= 1;
				Branch_op <= 0;
				rd_sel <= 3;
				mem_en <= 0;
				BranchEn <= 0;
				JumpReg <= 1;
				s_extend <= 1;
				LBI_sel <= 0;
				SLBI_sel <= 0;
				BTR_sel <= 0;
				STU_sel <= 1'b0;
				isBranch <= 1'b0;
				Read1 <= 1'b1;
				Read2 <= 1'b0;
				write_from_mem <= 1'b0;
				wreg_flag <= 1'b1;
				isJR <= 1'b1;
            end
		default: begin
				reg_write <= 1'b0; //always 0 at default
				reg2_rd_sel <= 1'b0;
				im_sel <= 1'b0;
				rd_sel <= 2'b00;
				ALU_src <= 1'b0;
				jump <= 1'b0;
				MemWrite <= 1'b0; //always 0 at default
				MemRead <= 1'b0;
				wb_sel <= 1'b0;
				wb_sel0 <= 2'b00;
				wb_sel1 <= 1'b0;
				ex_result_sel <= 1'b1;
				invRs <= 1'b0;
				invIn <= 1'b0;
				Cin <= 1'b0;
				ALUOP <= 1'b0;
				alu_sign<= 1'b0;
				Branch_op <= 2'b00;
				rd_sel <= 2'b00;
				mem_en <= 1'b0;
				BranchEn <= 1'b0;
				JumpReg <= 1'b0;
				LBI_sel <= 0;
				SLBI_sel <= 0;
				BTR_sel <= 0;
				STU_sel <= 1'b0;
				isBranch <= 1'b0;
				Read1 <= 1'b0;
				Read2 <= 1'b0;
				write_from_mem <= 1'b0;
				wreg_flag <= 1'b0;
				isJR <= 1'b0;
				end
	endcase
end
endmodule